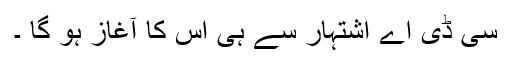
سی ڈی اے اشتہار سے ہی اس کا آغاز ہو گا ۔